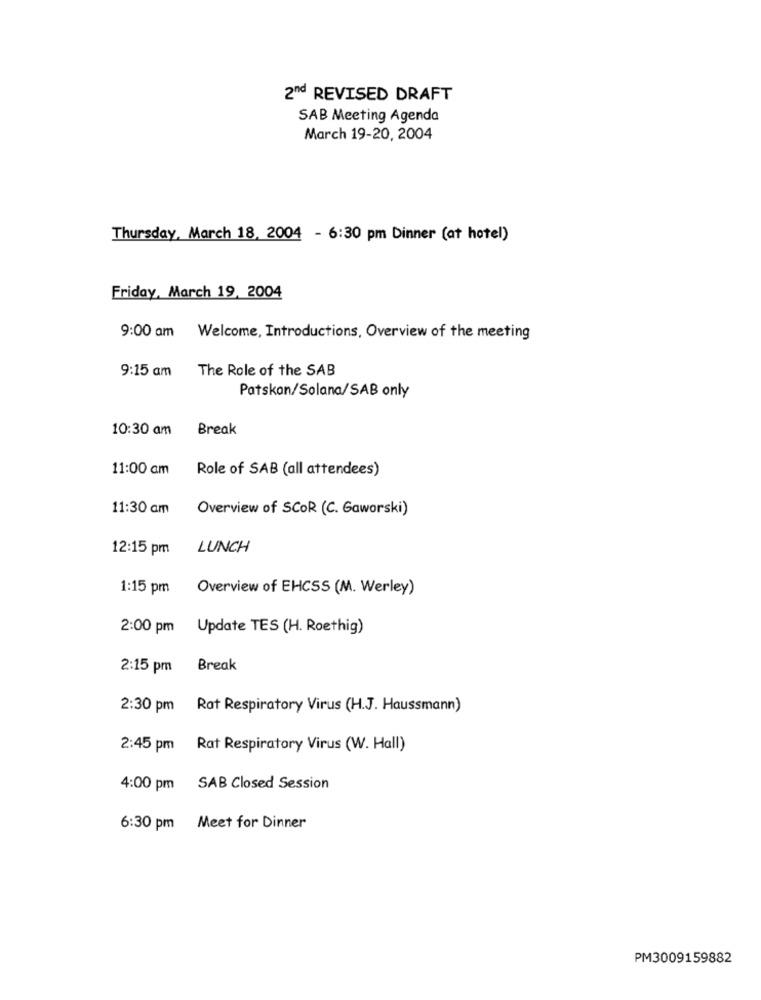
2md REVISED DRAFT
SAB Meeting Agenda
March 19-20, 2004
Thursday, March 18, 2004 - 6:30 pm Dinner (at hotel)
Friday, March 19, 2004
9:00 am Welcome, Introductions, Overview of the meeting
9:15 am The Role of the SAB
Patskan/Solana/SAB only
10:30 am Break
11:00 am Role of SAB (all attendees)
11:30 am
Overview of SCOR (C. Gaworski)
12:15 pm LUNCH
1:15 pm Overview of EHCSS (M. Werley)
2:00 pm Update TES (H. Roethig)
2:15 pm Break
2:30 pm Rat Respiratory Virus (H.J. Haussmann)
2:45 pm Rat Respiratory Virus (W. Hall)
4:00 pm SAB Closed Session
6:30 pm Meet for Dinner
PM3009159882